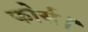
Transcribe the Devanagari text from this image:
फोर्स।